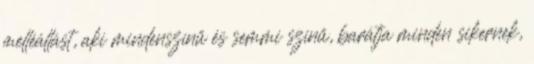
melléállást, aki mindenszínű és semmi színű, barátja minden sikernek,